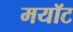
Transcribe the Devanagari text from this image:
मयॉट